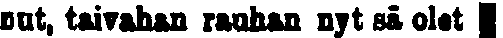
nut, taivahan rauhan nyt sä olet #